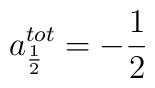
a_{\frac 1 2}^{tot}=-\frac 12